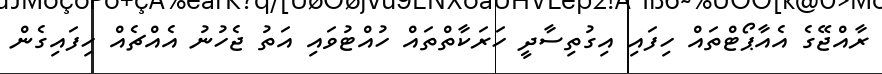
ރާއްޖޭގެ އެއާޕޯޓްތައް ހިފައި އިގުތިސާދީ ހަރަކާތްތައް ހުއްޓުވައި އަތު ޖެހުނު އެއްޗެއް ހިފައިގެން